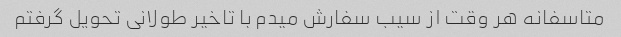
متاسفانه هر وقت از سیب سفارش میدم با تاخیر طولانی تحویل گرفتم